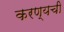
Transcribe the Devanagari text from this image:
करण्यची